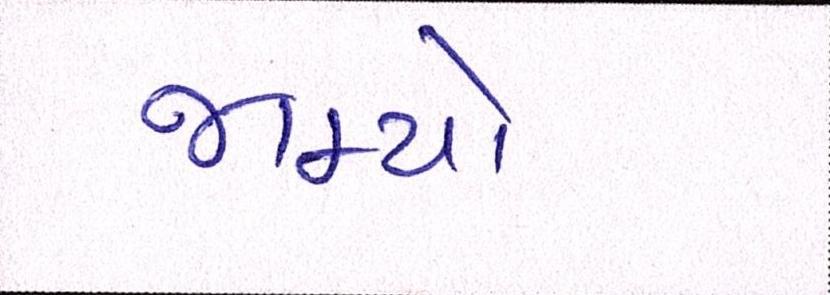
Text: જામ્યો